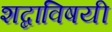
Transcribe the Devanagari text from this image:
शब्दाविषयी